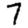
Digit: 7